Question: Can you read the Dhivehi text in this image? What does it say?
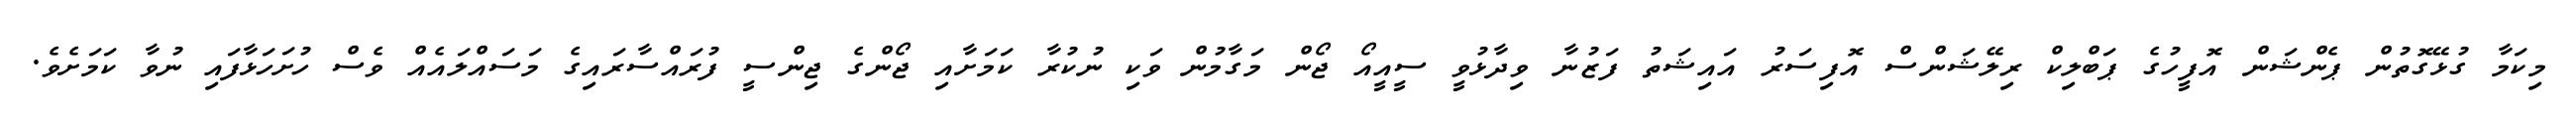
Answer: މިކަމާ ގުޅޭގޮތުން ޕެންޝަން އޮފީހުގެ ޕަބްލިކް ރިލޭޝަންސް އޮފިސަރު އައިޝަތު ފަޒުނާ ވިދާޅުވީ ސީއީއޯ ޖޯން މަގާމުން ވަކި ނުކުރާ ކަމަށާއި ޖޯންގެ ޖިންސީ ފުރައްސާރައިގެ މަސައްލައެއް ވެސް ހުށަހަޅާފައި ނުވާ ކަމަށެވެ.